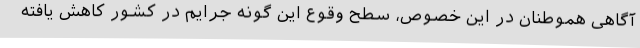
آگاهی هموطنان در این خصوص، سطح وقوع این گونه جرایم در کشور کاهش یافته